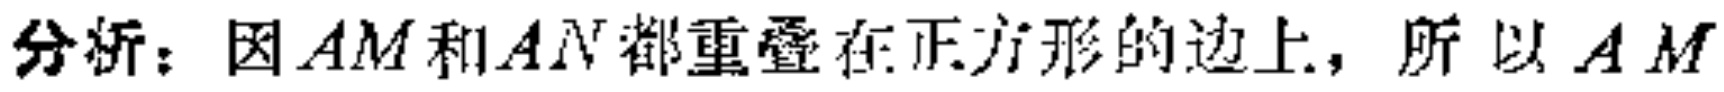
分析：因\(AM\)和\(AN\)都重叠在正方形的边上，所以\(AM\)